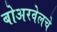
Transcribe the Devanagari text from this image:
बोअरवेलचे